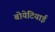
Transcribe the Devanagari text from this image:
बोयेटियाई